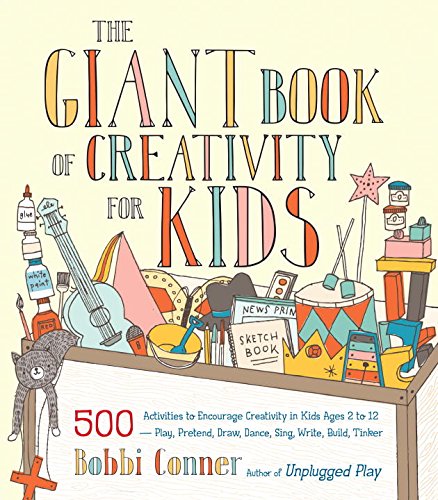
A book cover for The Giant Book of Creativity for Kids: 500 Activities to Encourage Creativity in Kids Ages 2 to 12--Play, Pretend, Draw, Dance, Sing, Write, Build, Tinker; Bobbi Conner; Crafts, Hobbies & Home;